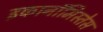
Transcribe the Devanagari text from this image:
इकानॉमिस्तेस